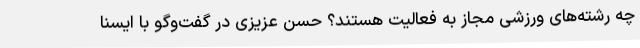
چه رشته‌های ورزشی مجاز به فعالیت هستند؟ حسن عزیزی در گفت‌وگو با ایسنا